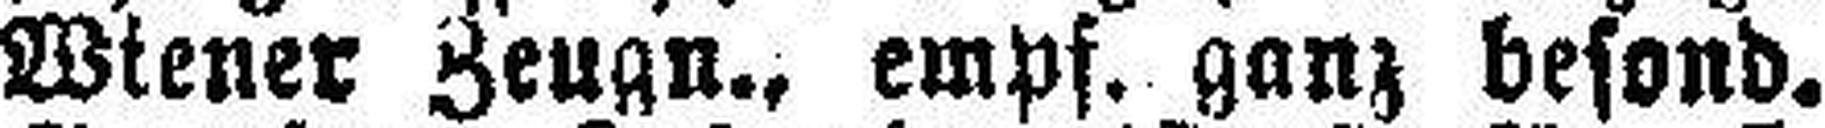
Wiener Zeugn., empf. ganz besond.